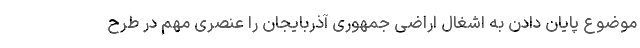
موضوع پایان دادن به اشغال اراضی جمهوری آذربایجان را عنصری مهم در طرح